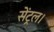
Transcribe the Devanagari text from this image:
सेंट्रल।